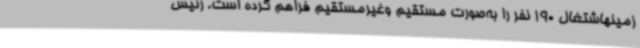
زمینهاشتغال 190 نفر را به‌صورت مستقیم وغیرمستقیم فراهم کرده است. رئیس